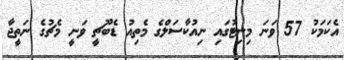
އެކަމަކު 57 ވަނަ މިނިޓުގައި ނިއުކާސަލްގެ މެތިއު ޑެބޫޗީ ވަނީ މެޗުގެ ނަތީޖާ